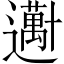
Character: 𱑕